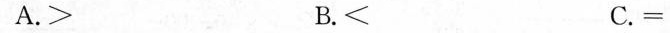
A. ＞ B. ＜ C. =